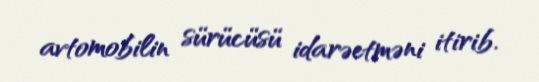
avtomobilin sürücüsü idarəetməni itirib.